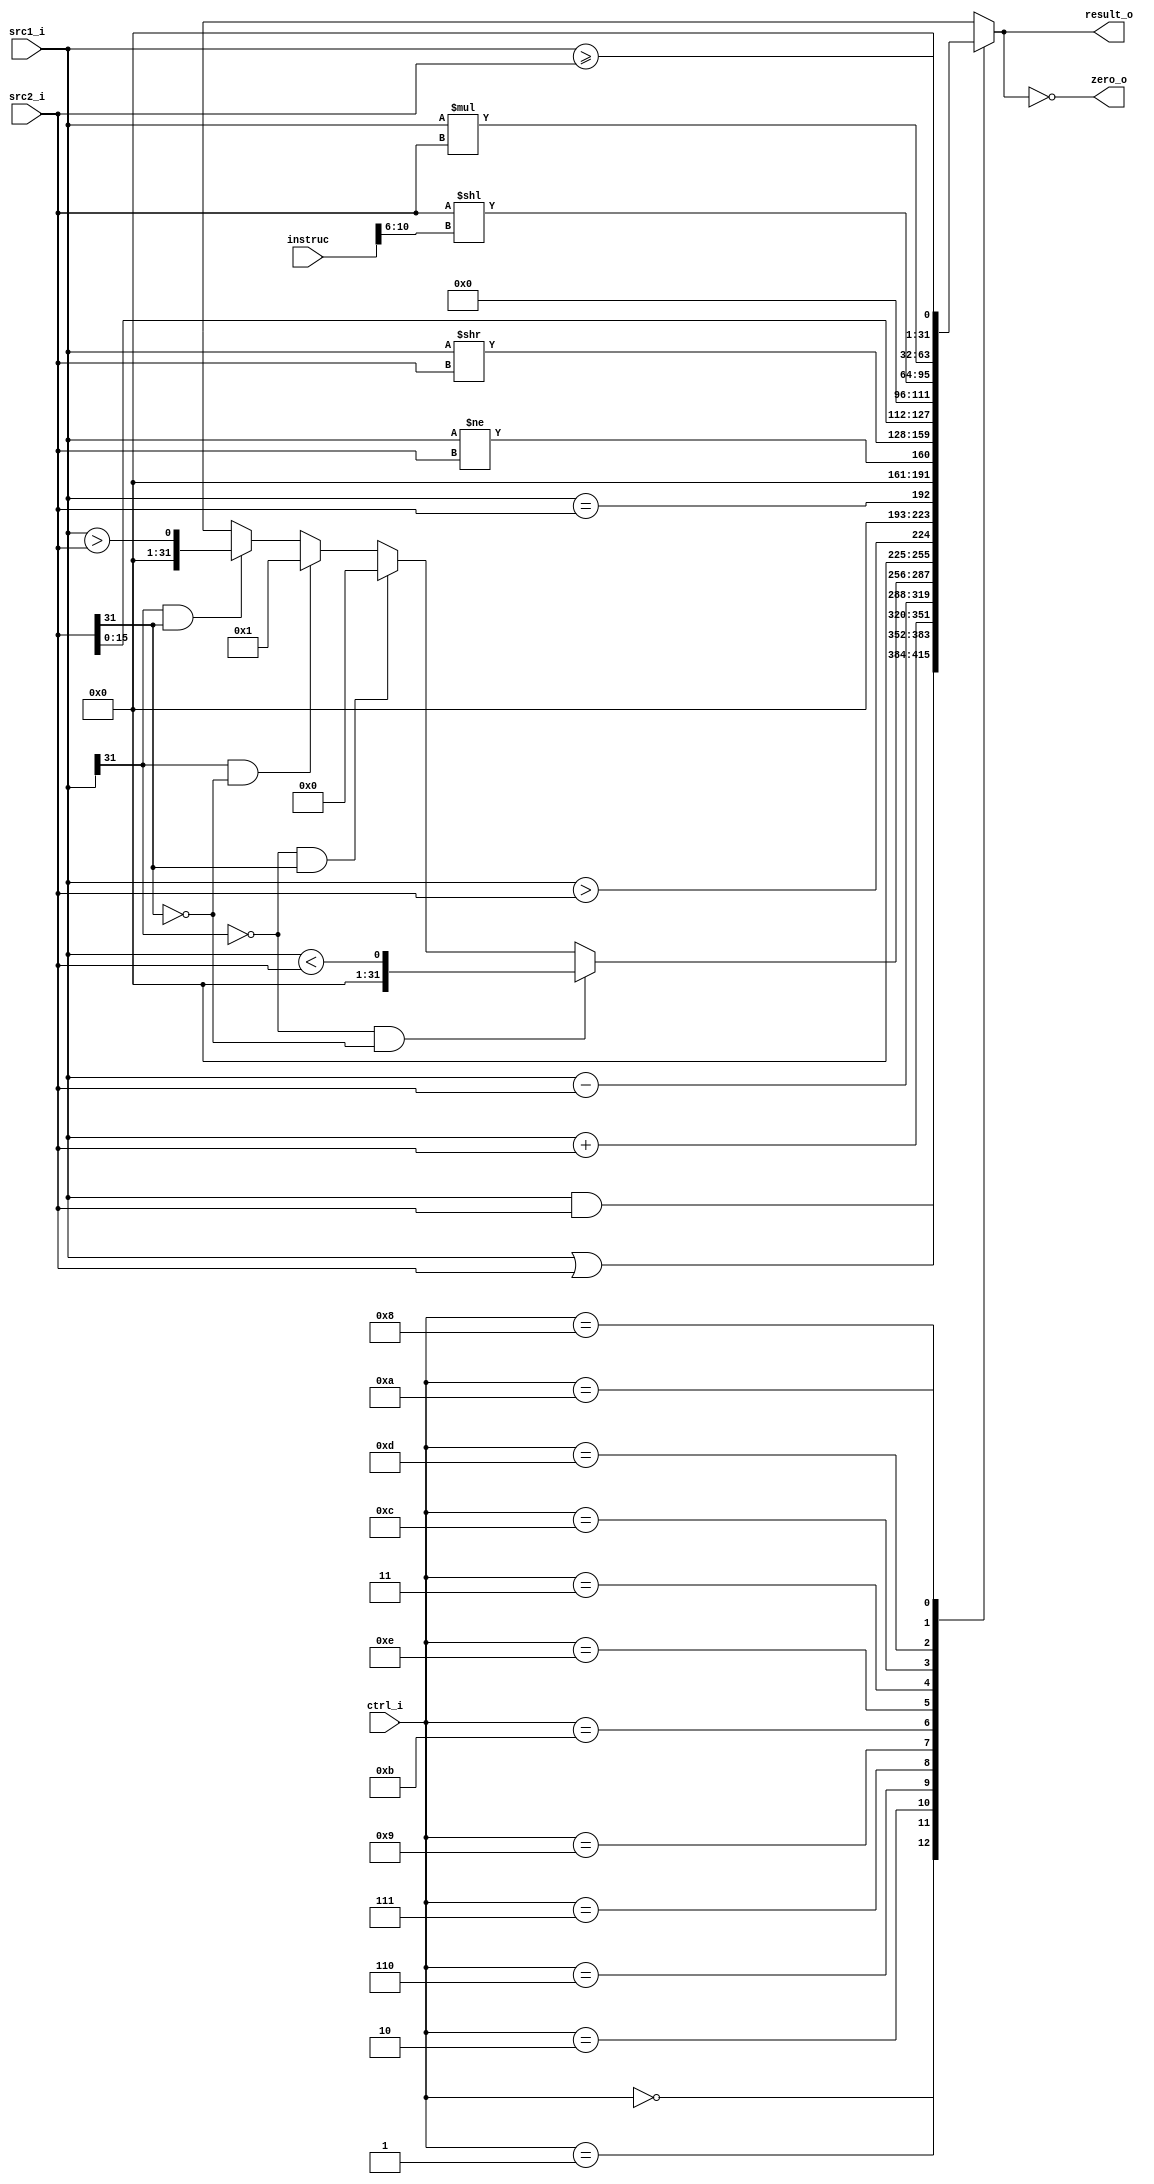
//Subject:     CO project 2 - ALU
//--------------------------------------------------------------------------------
//Version:     1
//--------------------------------------------------------------------------------
//Writer:      
//----------------------------------------------
//Date:        
//----------------------------------------------
//Description: 
//--------------------------------------------------------------------------------

module ALU(
	instruc,
   src1_i,
	src2_i,
	ctrl_i,
	result_o,
	zero_o
	);
     
//I/O ports
input  [32-1:0]  src1_i;
input  [32-1:0]	 src2_i;
input  [4-1:0]   ctrl_i;
input  [32-1:0]  instruc;
//input  [4-1:0]   shamt;
output [32-1:0]	 result_o;
output           zero_o;

//Internal signals

wire             zero_o;
wire    [32:0]   result;
//Parameter

//Main function
assign result = alu_out(src1_i,src2_i,ctrl_i);
assign result_o = result[31:0];
//assign zero_o = z_flag(result);	

	function [32-1:0] alu_out;
		input [32-1:0] src1_i,src2_i;
		
		input [4-1:0]ctrl_i;
		
		case(ctrl_i)
			4'b0000: alu_out=src1_i&src2_i;     		//AND	
			4'b0001: alu_out=src1_i|src2_i;           //OR
			4'b0010: alu_out=src1_i+src2_i;           //ADD
			4'b0110: alu_out=$signed(src1_i)-$signed(src2_i);     //SUB
			4'b0111: begin
						if(src1_i[31]==0&&src2_i[31]==0)
						begin
							alu_out=(src1_i<src2_i);
						end
						else if(src1_i[31]==0&&src2_i[31]==1)
						begin
							alu_out=0;
							
						end
						else if(src1_i[31]==1&&src2_i[31]==0)
						begin
							alu_out=1;
							
						end
						else if(src1_i[31]==1&&src2_i[31]==1)
						begin
							alu_out=(src1_i>src2_i);
						end
					end         //SLT
			/*4'b1001: 
				begin
					if(src1_i[31]==0&&src2_i[31]==0)
					begin
						alu_out=(src1_i>src2_i);
					end
					else if(src1_i[31]==0&&src2_i[31]==1)
					begin
						alu_out=1;
						
					end
					else if(src1_i[31]==1&&src2_i[31]==0)
					begin
						alu_out=0;
						
					end
					else if(src1_i[31]==1&&src2_i[31]==1)
					begin
						alu_out=(src1_i<src2_i);
						
					end
				end         //BGT*/
			4'b1001:
					 alu_out=$signed(src1_i)>$signed(src2_i);           //BGT
			4'b1011: alu_out=src1_i==src2_i;          //BEQ
			4'b1110: alu_out=src1_i!=src2_i;       //BNE
			4'b0011: alu_out=src1_i>>src2_i;         //SRLV	
			4'b1100: alu_out=src2_i<<16;             //LUI
			4'b1101: alu_out=src2_i<<instruc[10:6];    //SLL
			4'b1000: alu_out=src1_i*src2_i;          //MUL
			/*4'b1010: begin
						if(src1_i[31]==0&&src2_i[31]==0)
						begin
							alu_out=(src1_i>=src2_i);
					
						end
						else if(src1_i[31]==0&&src2_i[31]==1)
						begin
							alu_out=1;
						
						end
						else if(src1_i[31]==1&&src2_i[31]==0)
						begin
							alu_out=0;
							
						end
						else if(src1_i[31]==1&&src2_i[31]==1)
						begin
							alu_out=(src1_i<=src2_i);
					
						end
					end        //BGE*/
			4'b1010:
					 alu_out=$signed(src1_i)>=$signed(src2_i); //BGE 
		endcase
	endfunction
	
	assign zero_o=result_o==0;

endmodule